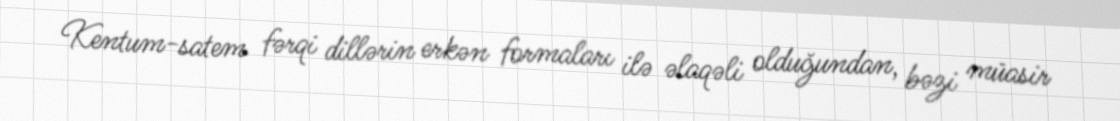
Kentum-satem fərqi dillərin erkən formaları ilə əlaqəli olduğundan, bəzi müasir